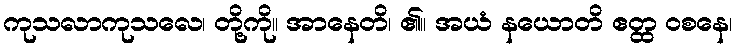
ကုသလာကုသလေ၊ တို့ကို။ အာနေတိ၊ ၏။ အယံ နယောတိ ဧတ္ထ ဝစနေ၊